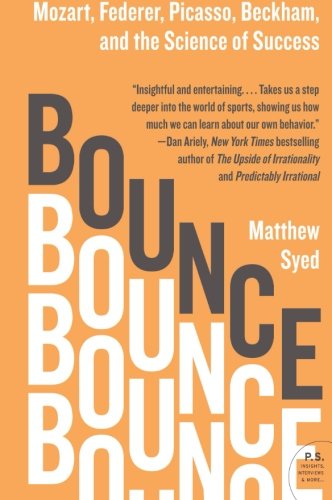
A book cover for Bounce: Mozart, Federer, Picasso, Beckham, and the Science of Success; Matthew Syed; Business & Money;